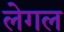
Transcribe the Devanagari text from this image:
लेगल